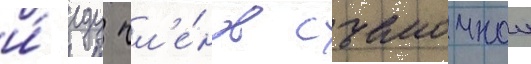
и́ еду чл'е́нов съемочнои